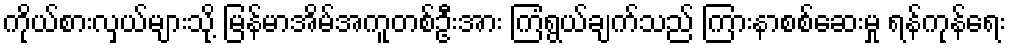
ကိုယ်စားလှယ်များသို့ မြန်မာအိမ်အကူတစ်ဦးအား ကြံရွယ်ချက်သည် ကြားနာစစ်ဆေးမှု ရန်ကုန်ရေး